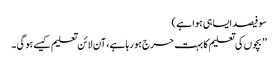
سو فیصد ایسا ہی ہوا ہے )
’’ بچوں کی تعلیم کا بہت حرج ہو رہا ہے ، آن لائن تعلیم کیسے ہو گی ۔